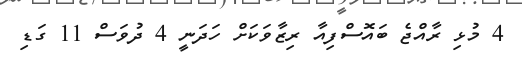
4 މުޅި ރާއްޖެ ބައޮސްފިއާ ރިޒާވަކަށް ހަދަނީ 4 ދުވަސް 11 ގަޑި